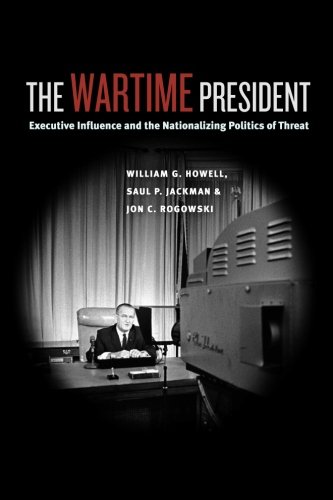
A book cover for The Wartime President: Executive Influence and the Nationalizing Politics of Threat (Chicago Series on International and Domestic Institutions); William G. Howell; History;